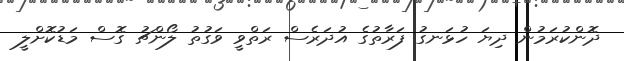
ދޮންކުރަމުން ދިޔަ ހުޅަނގު ފަރާތުގެ އުދަރެސް ރަތްވީ ވަގުތު ލޯންޗު ގޮސް މަޑުކޮށްލީ